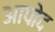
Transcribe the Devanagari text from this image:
आपोद